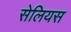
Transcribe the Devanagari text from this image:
सेलियस